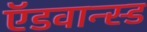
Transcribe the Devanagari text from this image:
ऍडवान्स्ड